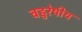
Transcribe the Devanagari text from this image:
बहुरेषीय